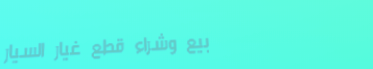
بيع وشراء قطع غيار السيار